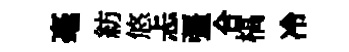
毫紡悠忐彊合槁冷